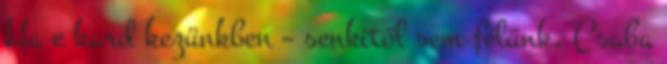
Ha e kard kezünkben – senkitől sem félünk, Csaba